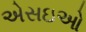
એસઇઓ